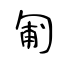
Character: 匍